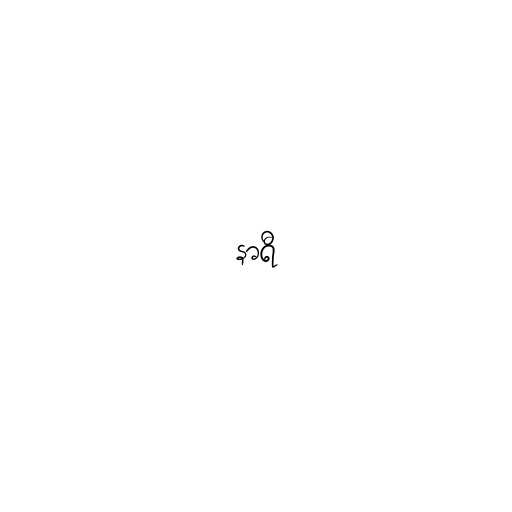
နာရီ